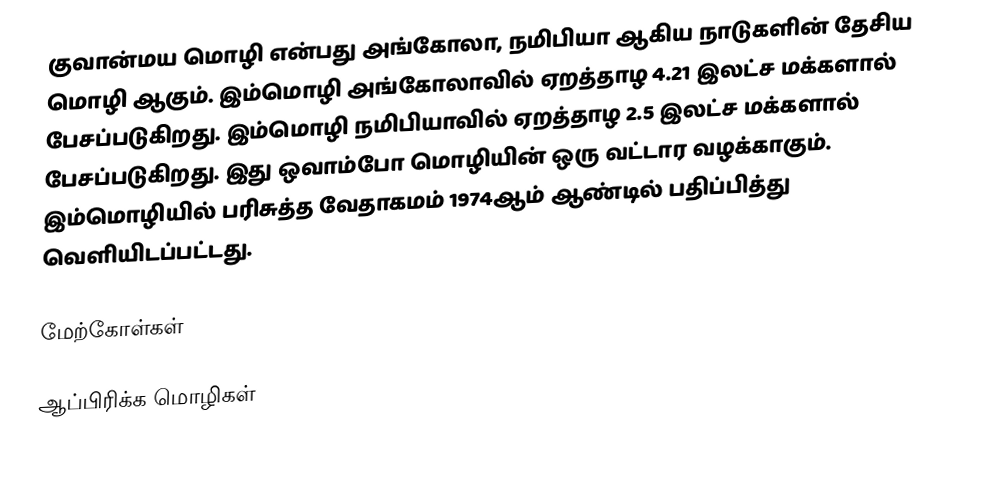
குவான்மய மொழி என்பது அங்கோலா, நமிபியா ஆகிய நாடுகளின் தேசிய மொழி ஆகும். இம்மொழி அங்கோலாவில் ஏறத்தாழ 4.21 இலட்ச மக்களால் பேசப்படுகிறது. இம்மொழி நமிபியாவில் ஏறத்தாழ 2.5 இலட்ச மக்களால் பேசப்படுகிறது. இது ஒவாம்போ மொழியின் ஒரு வட்டார வழக்காகும். இம்மொழியில் பரிசுத்த வேதாகமம் 1974ஆம் ஆண்டில் பதிப்பித்து வெளியிடப்பட்டது.

மேற்கோள்கள்

ஆப்பிரிக்க மொழிகள்